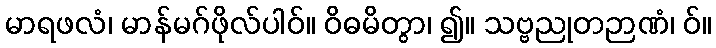
မာရဖလံ၊ မာန်မဂ်ဖိုလ်ပါဝ်။ ဝိဓမိတွာ၊ ၍။ သဗ္ဗညုတဉာဏံ၊ ဝ်။